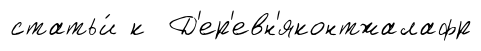
статьи́ к Д'ер'евн'яконтжалафр